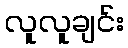
လူလူချင်း